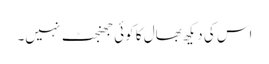
اس کی دیکھ بھال کا کوئی جھنجٹ نہیں۔